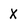
Character: X